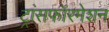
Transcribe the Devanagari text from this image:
ट्रांसफॉरमेशन